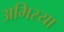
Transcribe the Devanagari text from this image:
अमिरया